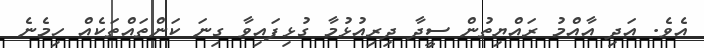
އެވެ. އަދި އާއްމު ރައްޔިތުން ސީދާ ދިރިއުޅުމާ ގުޅިފައިވާ ގިނަ ކަންތައްތަކެއް ހިމެނެ